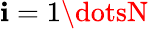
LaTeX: \mathbf{i}=1\dotsN